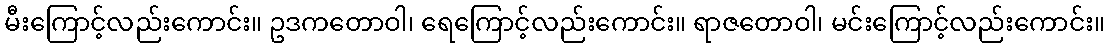
မီးကြောင့်လည်းကောင်း။ ဥဒကတောဝါ၊ ရေကြောင့်လည်းကောင်း။ ရာဇတောဝါ၊ မင်းကြောင့်လည်းကောင်း။